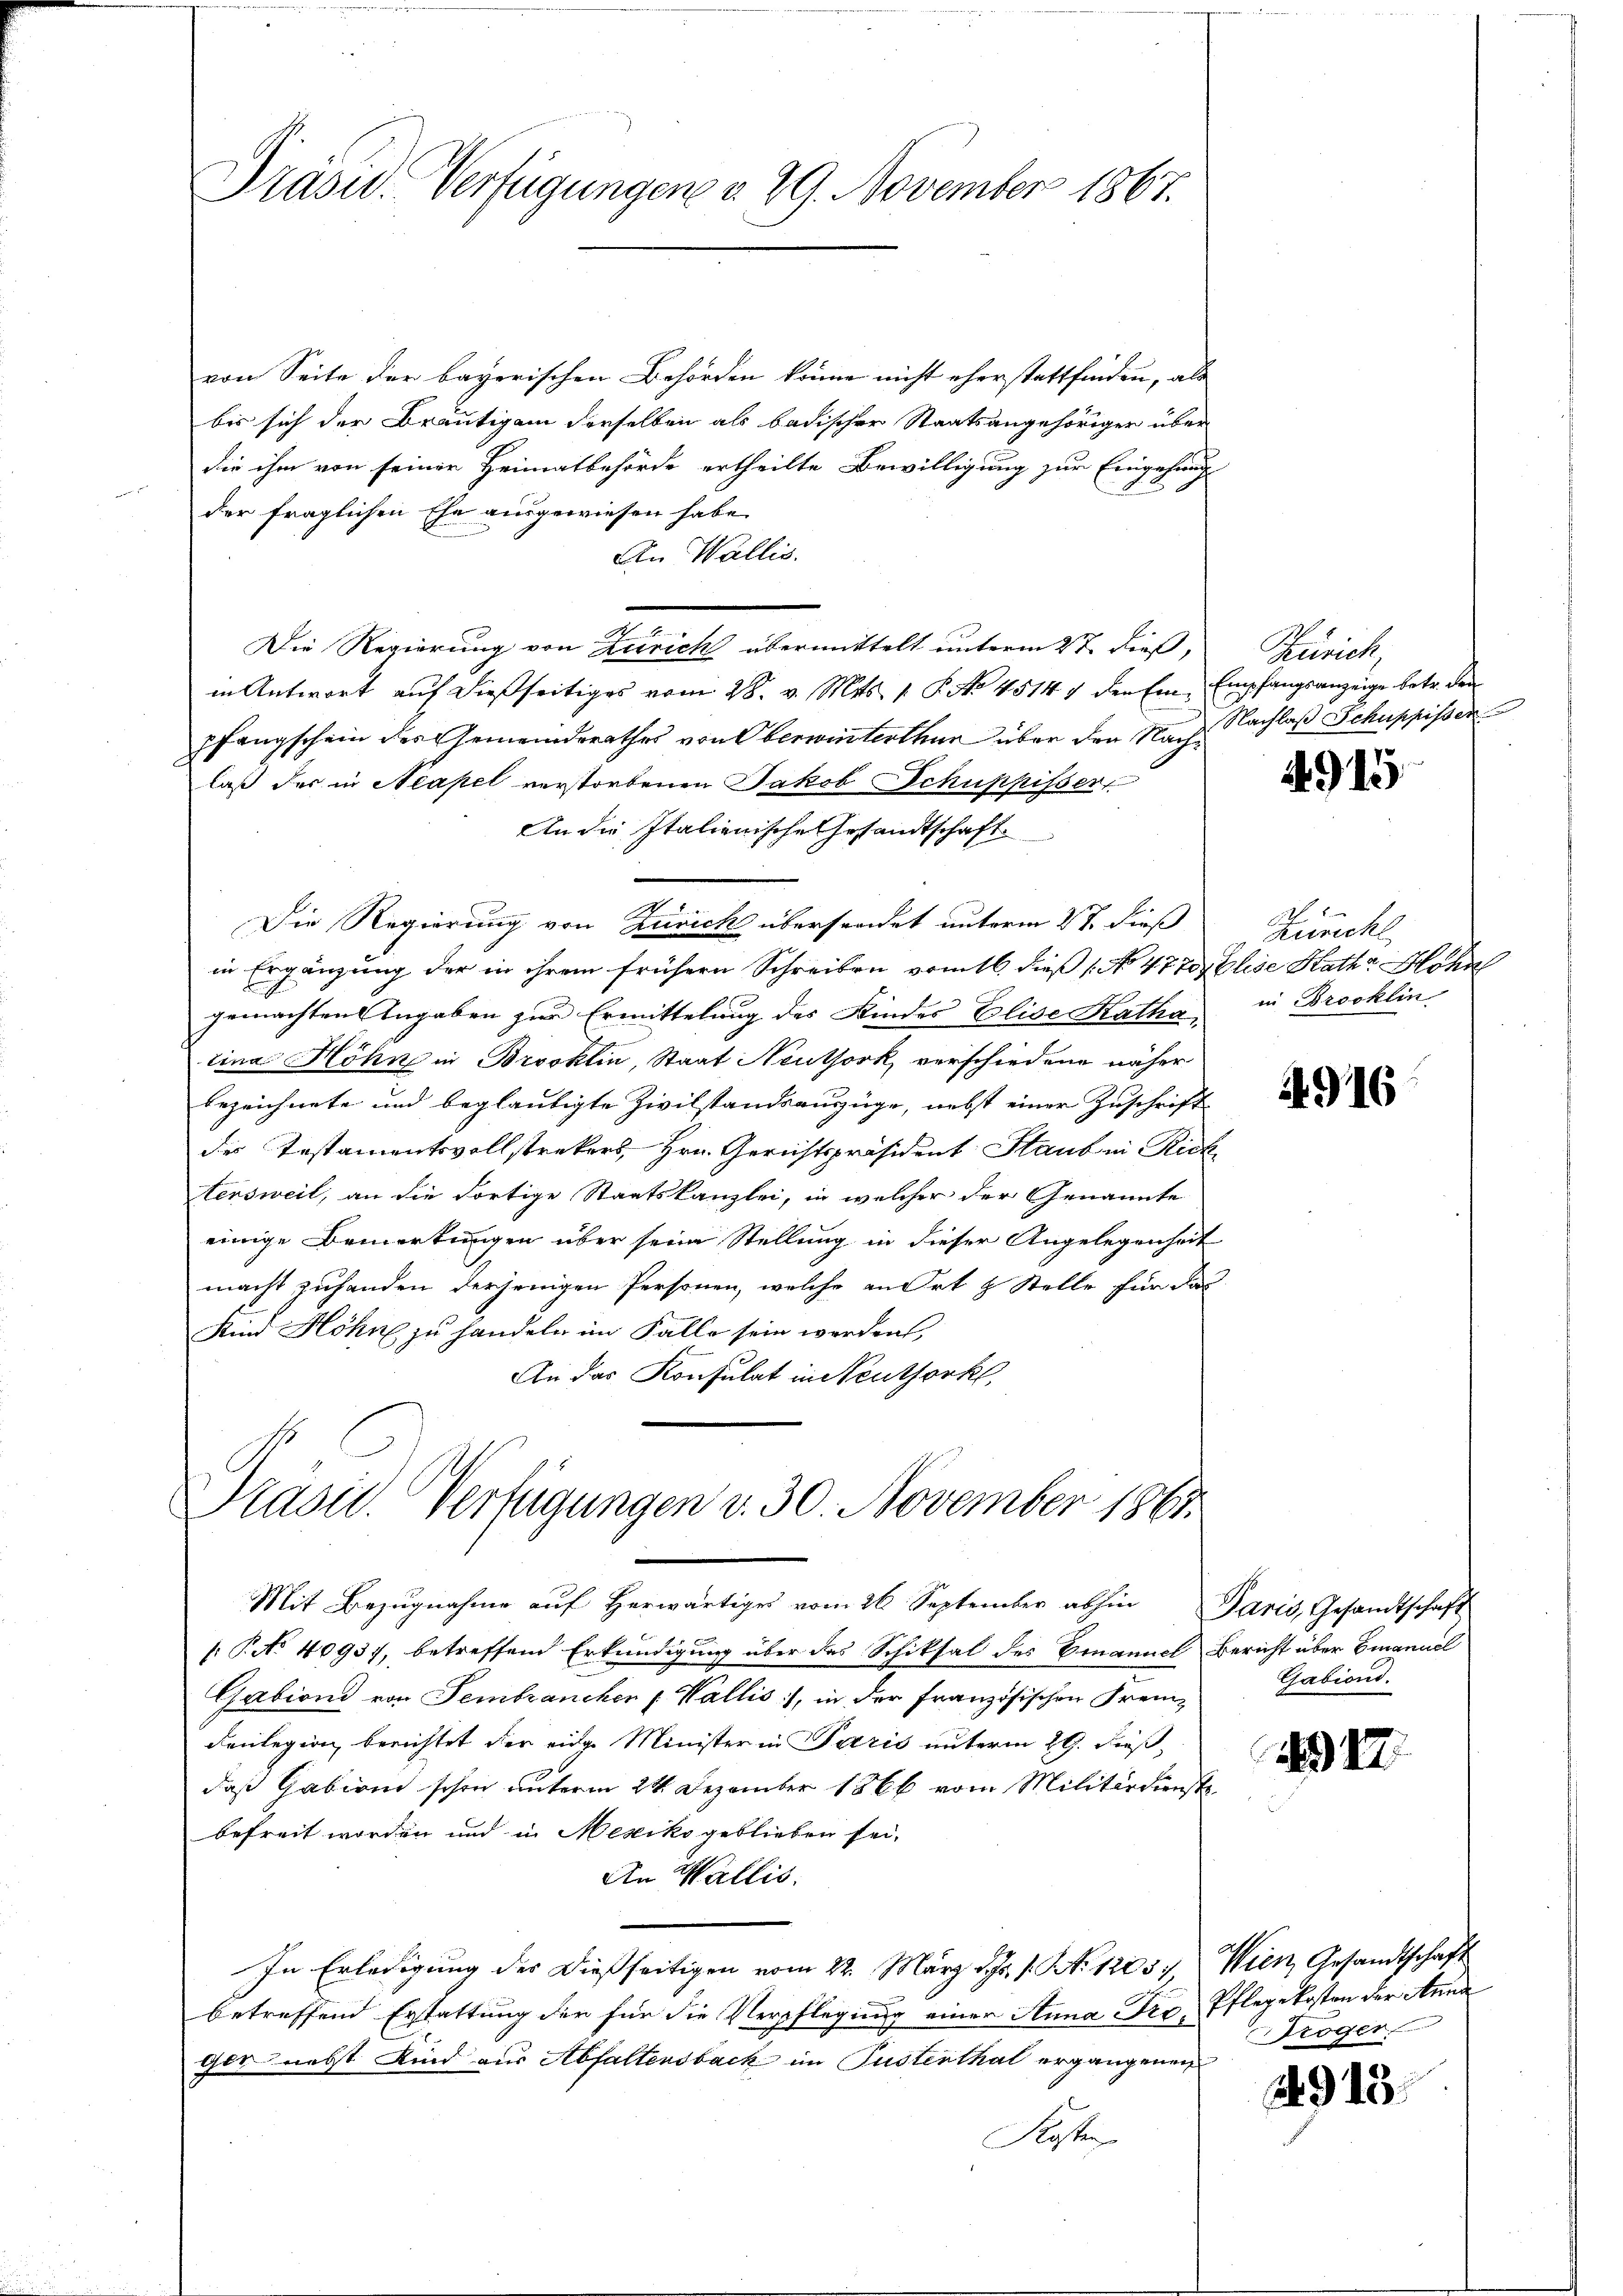
Präsid. Verfügungen v. 29. November 1867.

von Seite der bayerischen Behörden könne nicht eherstattfinden, als
bis sich der Bräutigam derselben als badischer Staatsangehöriger über
die ihm von seiner Heimatbehörde ertheilte Bewilligung zur Eingehung
der fraglichen Ehe ausgewiesen habe.
An Wallis.
.
Die Regierung von Zürich übermittelt unterm 2t dieß,
in Antwort auf dießseitiges vom 28. v. Mts. 1. P. No. 45141 den Ein Empfangsanzeige betr. den
pfangschein des Gemeinderathes von Oberwinterthur über den Nach Nachlaß Schuppisser
laß des in Neapel verstorbenen Jakob Schuppisser
An die Italienische Gesandtschaft
Die Regierung von Zürich übersendet unterm 27. dieß
in Ergänzung der in ihrem frühern Schreiben vom 16. dieß (No 47 Zollise Katha Höhn
gemachten Angaben zur Ermittelung des Kindes Elise Katha,
tina Höhn in Brooklin, Staat Neuthork verschiedene näher
bezeichnete und beglaubigte Zivilstandsauszüge, nebst einer Zuschrift
des Testamentsvollstrekers, Hrn. Gerichtspräsident Staub in Rick
tersweil, an die dortige Staatskanzlei, in welcher der Genannte
einige Bemerkungen über seine Stellung in dieser Angelegenheit
macht zuhanden derjenigen Personen, welche an Ort & Stelle für das
Kind Höhne zu handeln im Falle sein werden,
An das Konsulat in Neuthork,

Präsid. Verfügungen v. 30. November 1865.

Mit Bezŭgnahme aŭf herwärtiges vom 26 September abhin Paris, Gesandtschaft
: P. No 40937, betreffend Erkundigung über das Schiksal des Emanuel Bericht über Brannol
Gations von Sembranchen u Wallis, in der französischen Frei-Gabiand.
denlegion, berichtet der einge Minister in Paris unterm 29. dieß,
daß Gabiom schon unterm 24. Dezember 1866 vom Militärdienstbefreit worden und in Mexiko geblieben sei.
An Wallis.
In Erledigung der dießseitigen vom 22. März d. 1. N. 12057. Wien Gesandtschaft
betreffend Erstattung der für die Verpflegung einer Anna Fro, Pflegekosten der Anna
ger nebst Kind aus Abfaltensbach im Pustenthal ergangenen
Kosten

Zürich,

4915

e
Zurichl
in Brooklin

4916

4317

roger

943.